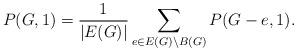
LaTeX: \begin{align*}P(G,1) = \frac{1}{|E(G)|}\sum_{e\in E(G)\setminus B(G)}P(G-e,1).\end{align*}